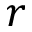
r